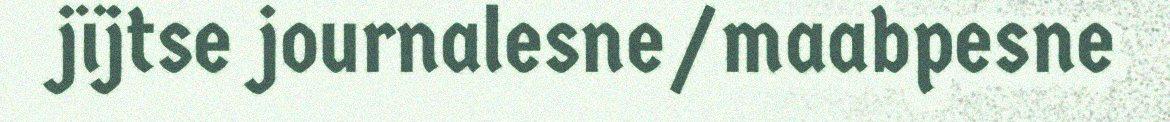
jïjtse journalesne/maabpesne